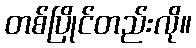
တစ်ပြိုင်တည်းလို။